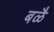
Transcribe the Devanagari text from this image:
बळै